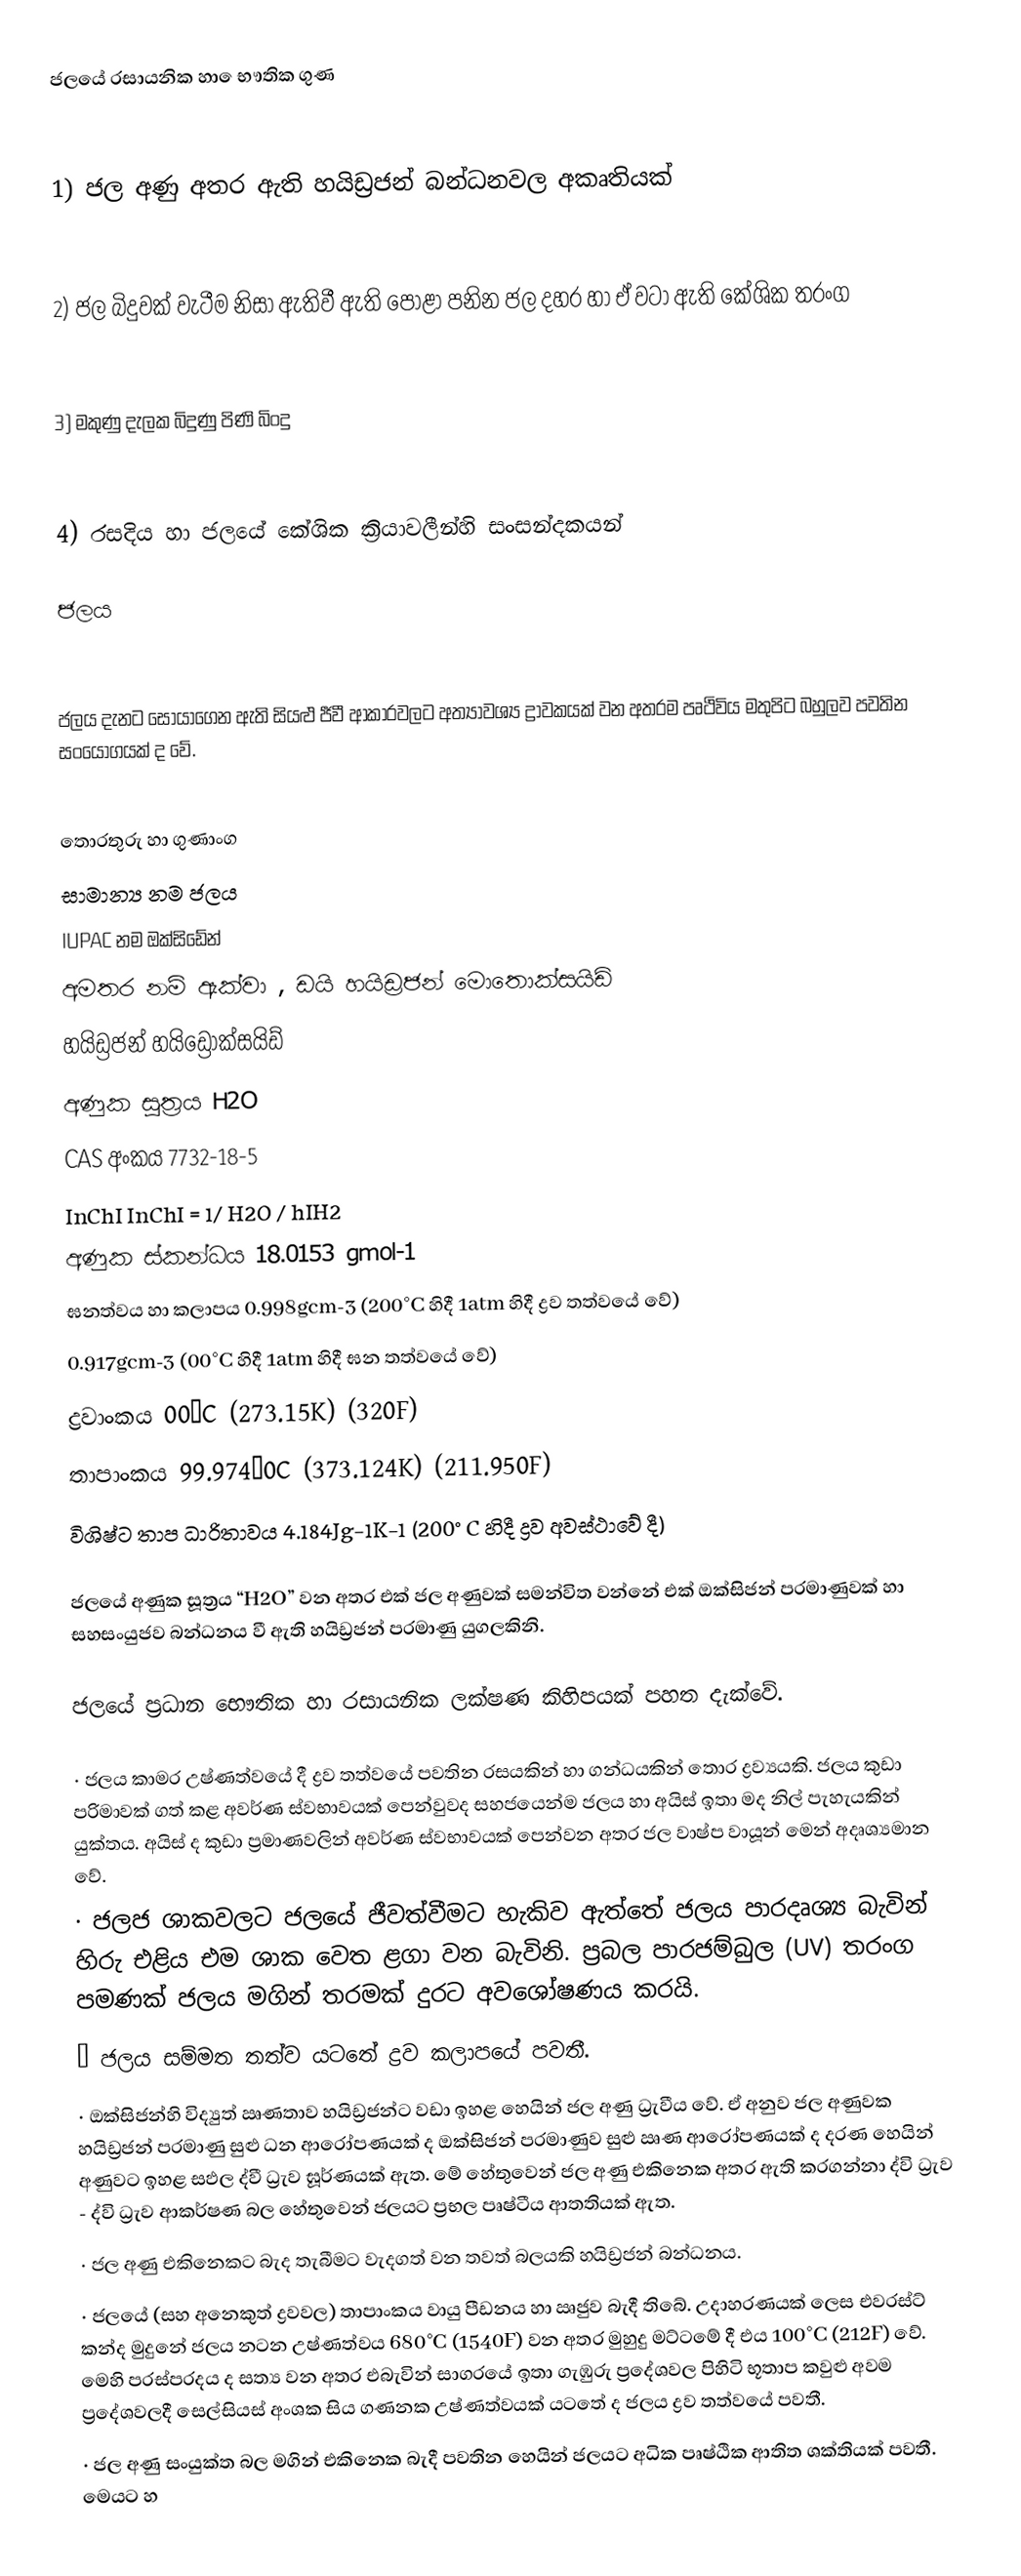
ජලයේ රසායනික හා ‍ෙභෟතික ගුණ

1)	ජල අණු අතර ඇති හයිඩ්‍රජන් බන්ධනවල අකෘතියක්

2)	ජල බිදුවක් වැටීම නිසා ඇතිවී ඇති පොළා පනින ජල දහර හා ඒ වටා ඇති කේශික තරංග

3)	මකුණු දැලක බිදුණු පිණි බිංදු

4)	රසදිය හා ජලයේ කේශික ක්‍රියාවලීන්හි සංසන්දකයන්

ජලය

ජලය දැනට සොයාගෙන ඇති සියළු ජීවී ආකාරවලට අත්‍යාවශ්‍ය ද්‍රාවකයක් වන අතරම පෘථිවිය මතුපිට බහුලව පවතින සංයෝගයක් ද වේ.

තොරතුරු හා ගුණාංග
සාමාන්‍ය නම	ජලය
IUPAC නම 	ඔක්සිඩේන්
අමතර නම්	ඇක්වා , ඩයි හයිඩ්‍රජන් මොතොක්සයිඩ්
හයිඩ්‍රජන් හයිඩ්‍රොක්සයිඩ්
අණුක සූත්‍රය	H2O
CAS අංකය	7732-18-5
InChI	InChI = 1/ H2O / hIH2
අණුක ස්කන්ධය	18.0153 gmol-1
ඝනත්වය හා කලාපය	0.998gcm-3 (200°C හිදී 1atm හිදී ද්‍රව තත්වයේ වේ)
0.917gcm-3 (00°C හිදී 1atm හිදී ඝන තත්වයේ වේ)
ද්‍රවාංකය	00°C (273.15K) (320F)
තාපාංකය	99.974°0C (373.124K) (211.950F)
විශිෂ්ට තාප ධාරිතාවය	4.184Jg-1K-1 (200°C හිදී ද්‍රව අවස්ථාවේ දී)

ජලයේ අණුක සූත්‍රය “H2O” වන අතර එක් ජල අණුවක් සමන්විත වන්නේ එක් ඔක්සිජන් පරමාණුවක් හා සහසංයුජව බන්ධනය වී ඇති හයිඩ්‍රජන් පරමාණු යුගලකිනි.

ජලයේ ප්‍රධාන භෞතික හා රසායනික ලක්ෂණ කිහිපයක් පහත දැක්වේ.

·	ජලය කාමර උෂ්ණත්වයේ දී ද්‍රව තත්වයේ පවතින රසයකින් හා ගන්ධයකින් තොර ද්‍රව්‍යයකි. ජලය කුඩා පරිමාවක් ගත් කළ අවර්ණ ස්වභාවයක් පෙන්වුවද සහජයෙන්ම ජලය හා අයිස් ඉතා මද නිල් පැහැයකින් යුක්තය. අයිස් ද කුඩා ප්‍රමාණවලින් අවර්ණ ස්වභාවයක් පෙන්වන අතර ජල වාෂ්ප වායූන් මෙන් අදෘශ්‍යමාන වේ.
·	ජලජ ශාකවලට ජලයේ ජීවත්වීමට හැකිව ඇත්තේ ජලය පාරදෘශ්‍ය බැවින් හිරු එළිය එම ශාක වෙත ළගා වන බැවිනි. ප්‍රබල පාරජම්බුල (UV) තරංග පමණක් ජලය මගින් තරමක් දුරට අවශෝෂණය කරයි.
·	ජලය සම්මත තත්ව යටතේ ද්‍රව කලාපයේ පවතී.
·	ඔක්සිජන්හි විද්‍යුත් ඍණතාව හයිඩ්‍රජන්ට වඩා ඉහළ හෙයින් ජල අණු ධ්‍රැවීය වේ. ඒ අනුව ජල අණුවක හයිඩ්‍රජන් පරමාණු සුළු ධන ආරෝපණයක් ද ඔක්සිජන් පරමාණුව සුළු ඍණ ආරෝපණයක් ද දරණ හෙයින් අණුවට ඉහළ සඵල ද්වී ධ්‍රැව ඝූර්ණයක් ඇත. මේ හේතුවෙන් ජල අණු එකිනෙක අතර ඇති කරගන්නා ද්වි ධ්‍රැව - ද්වි ධ්‍රැව ආකර්ෂණ බල හේතුවෙන් ජලයට ප්‍රභල පෘෂ්ටීය ආතතියක් ඇත.
·	ජල අණු එකිනෙකට බැද තැබීමට වැදගත් වන තවත් බලයකි හයිඩ්‍රජන් බන්ධනය.
·	ජලයේ (සහ අනෙකුත් ද්‍රවවල) තාපාංකය වායු පීඩනය හා ඍජුව බැදී තිබේ. උදාහරණයක් ලෙස එවරස්ට් කන්ද මුදුනේ ජලය නටන උෂ්ණත්වය 680°C (1540F) වන අතර මුහුදු මට්ටමේ දී එය 100°C (212F) වේ. මෙහි පරස්පරදය ද සත්‍ය වන අතර එබැවින් සාගරයේ ඉතා ගැඹුරු ප්‍රදේශවල පිහිටි භූතාප කවුළු අවම ප්‍රදේශවලදී සෙල්සියස් අංශක සිය ගණනක උෂ්ණත්වයක් යටතේ ද ජලය ද්‍රව තත්වයේ පවතී.
·	ජල අණු සංයුක්ත බල මගින් එකිනෙක බැදී පවතින හෙයින් ජලයට අධික පෘෂ්ඨික ආතිත ශක්තියක් පවතී. මෙයට හ